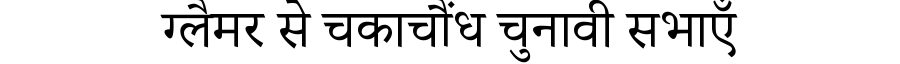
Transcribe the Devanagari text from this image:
ग्लैमर से चकाचौंध चुनावी सभाएँ